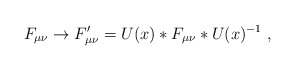
\begin{align*}F_{\mu \nu} \to F_{\mu \nu}' = U(x)*F_{\mu \nu}*U(x)^{-1}\ ,\end{align*}